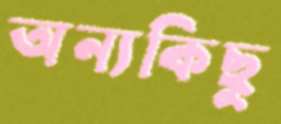
অন্যকিছু